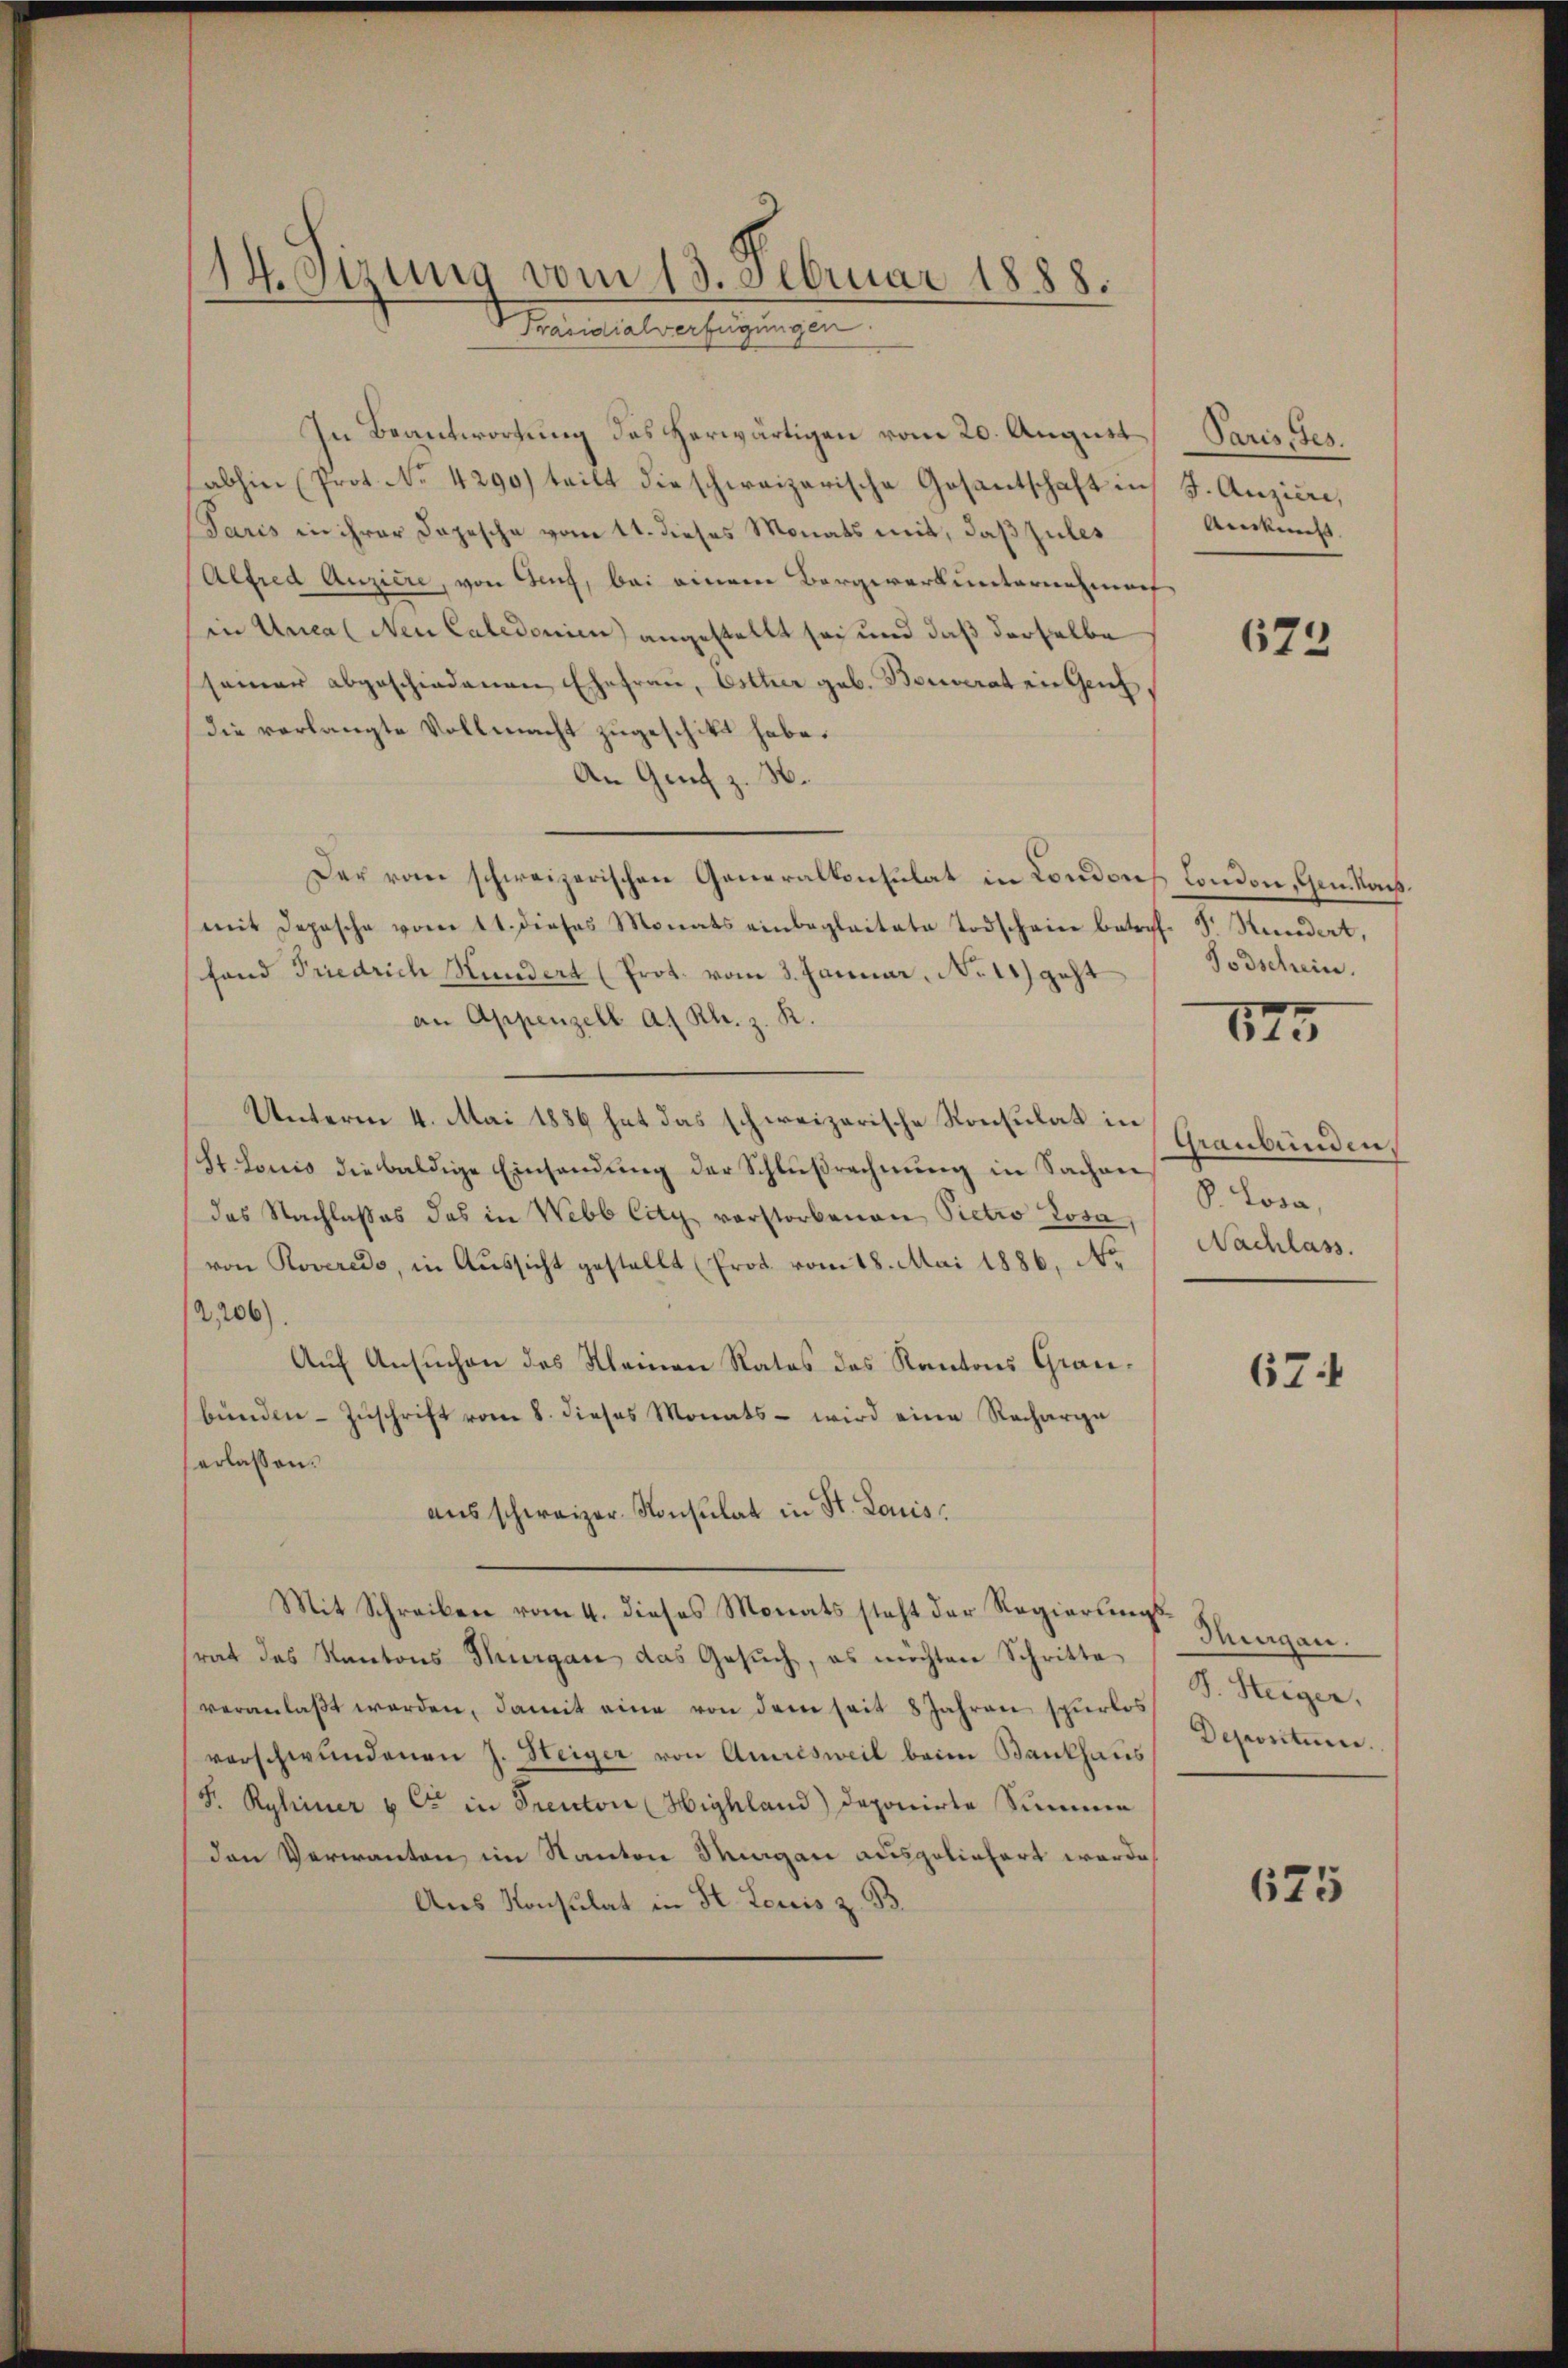
14. Sitzung vom 13. Februar 1888.
Präsidialverfügungen.

In Beantwortung des herwärtigen vom 20. August Paris, Ges.
abhin (Prot. No. 4290) teilt die schweizerische Gesantschaft in J. Anziere,
Paris in ihrer Depesche vom 11. dieses Monats mit, daß zules
Alfred Anziere, von Genz, bei einem Bergwerk unteren nach
in Uncal Nen Caledonien) angestellt sei und daß derselbe
seiner abgeschiedenen Ehefrau, Esther geb. Bouverat in Genf,
Die verlangte Vollmacht zugeschikt habe.
An Genf z. B.
Der vom schweizerischen Generalkonsulat in Condons Condon, Gen. Nachmit Depesche vom 11. dieses Monats einbeglaitate Todschein betrof. S. Stundert,
fand Friedrich Hundert (Prot. vom 3. Januar, No 11) geht
an Appenzell a. Rh. z. R.
Unterm 4. Mai 1886 hat das schweizerische Konsulat in
(St. Louis die baldige Einsendung der Schlußrechnung in Sachen Locadas Nachlasses das in Webb City vorstorbenen Pietro rosa,
von Roveredo, in Aussicht gestellt (Prot. vom 18. Mai 1886. No.
2,206).
Aŭf Ansŭchen des Kleinen Rates des Kantons Grau-
bŭnden- Zŭschrift vom 8. dieses Monats - wird eine Recharge
erlassen.
ausschweizer-Konsulat in St. Louis
Mit Schreiben vom 4. dieses Monats steht der Regierungs- Sagen.
srat des Kantons Thurgau das Gesuch, es möchten Schritte
veranlaßt werden, damit eine von dem seit 8 Jahren spurlos
verschwundenen J. Steiger von Amrisweil beim Bankhaus
P. Ryhiner & C in Prenton (Highland) deponirte Summe
den Verwanten im Kanton Margau ausgeliefert worde
Aus Konsulat in St. Louis z. B.

Anknecht.

672

Todschein.

125

Graubünden.
Nachlass.

67

S. Steiger.
Depositum.

675